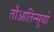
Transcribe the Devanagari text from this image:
तौआतिन्सुयो